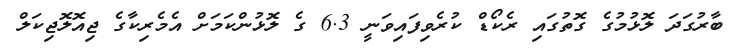
ބާރުގަދަ ލޮޅުމުގެ ގޮތުގައި ރެކޯޑް ކުރެވިފައިވަނީ 6.3 ގެ ލޮޅުންކަމަށް އެމެރިކާގެ ޖިއޮލޮޖިކަލް